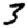
Digit: 3